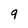
Character: 9